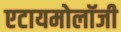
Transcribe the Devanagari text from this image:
एटायमोलॉजी